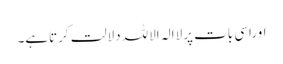
اوراسی بات پرلاالہ الاللہ دلالت کرتاہے۔